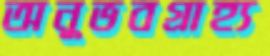
অনুভবগ্রাহ্য